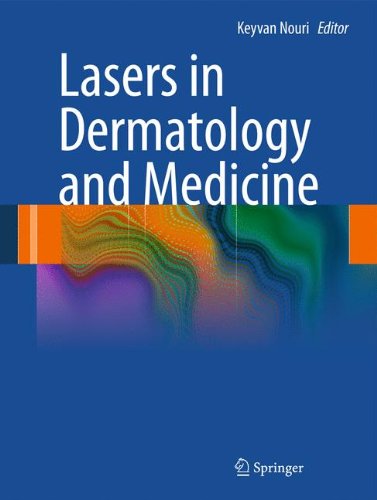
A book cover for Lasers in Dermatology and Medicine; Medical Books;